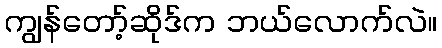
ကျွန်တော့်ဆိုဒ်က ဘယ်လောက်လဲ။